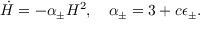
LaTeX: \dot { H } = - \alpha _ { \pm } H ^ { 2 } , ~ ~ ~ \alpha _ { \pm } = 3 + c \epsilon _ { \pm } .